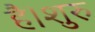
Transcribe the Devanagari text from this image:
है।शुरु